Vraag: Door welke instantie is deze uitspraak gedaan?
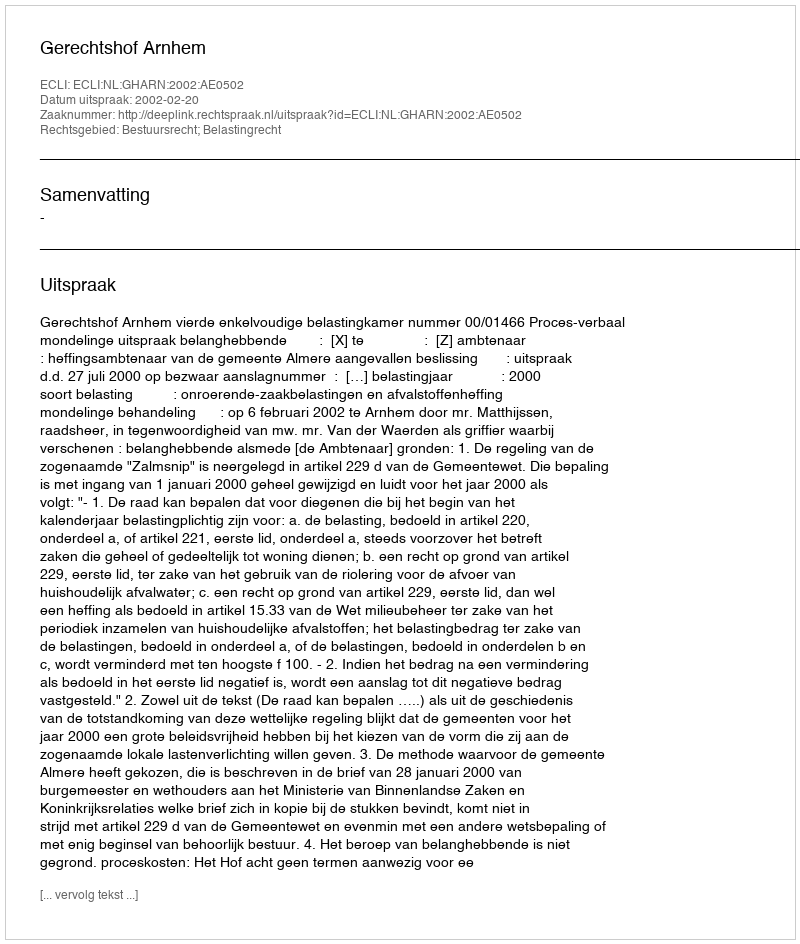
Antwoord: Gerechtshof Arnhem